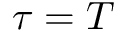
\tau = T